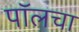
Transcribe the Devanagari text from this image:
पॉलचा